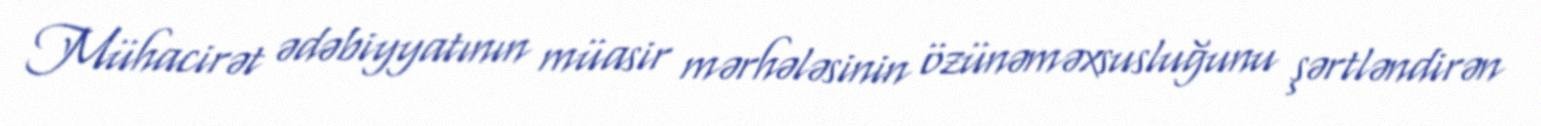
Mühacirət ədəbiyyatının müasir mərhələsinin özünəməxsusluğunu şərtləndirən